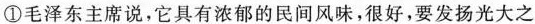
①毛泽东主席说，它具有浓郁的民间风味，很好，要发扬光大之